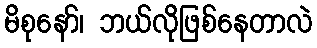
မိစုနော်၊ ဘယ်လိုဖြစ်နေတာလဲ